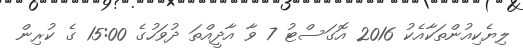
ލިޔެކިއުންތަކާއެކު 2016 އޮގަސްޓު 7 ވާ އާދީއްތަ ދުވަހުގެ 15:00 ގެ ކުރިން